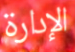
الإدارة